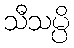
သီသမ္ပိ